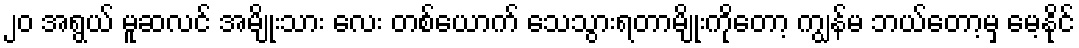
၂၀ အရွယ် မူဆလင် အမျိုးသား လေး တစ်ယောက် သေသွားရတာမျိုးကိုတော့ ကျွန်မ ဘယ်တော့မှ မေ့နိုင်